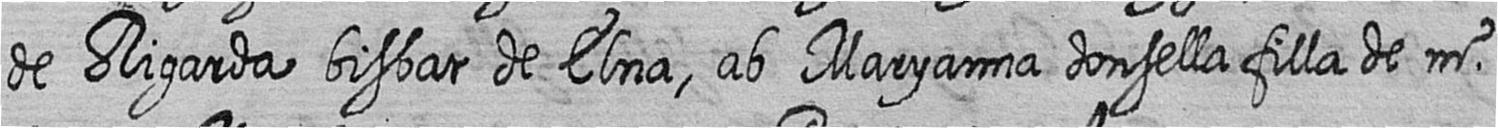
de Rigarda bisbat de Elna ab Maryanna donsella filla de mr